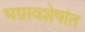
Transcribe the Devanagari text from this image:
भग्नावशेषांत